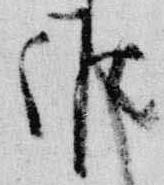
候